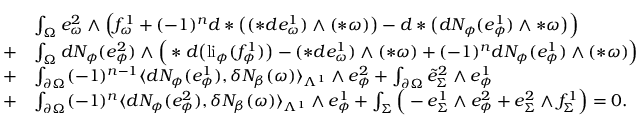
\begin{array} { r l } & { \int _ { \Omega } e _ { \omega } ^ { 2 } \wedge \Big ( f _ { \omega } ^ { 1 } + ( - 1 ) ^ { n } d \ast \big ( ( \ast d e _ { \omega } ^ { 1 } ) \wedge ( \ast \omega ) \big ) - d \ast \big ( d N _ { \phi } ( e _ { \phi } ^ { 1 } ) \wedge \ast \omega \big ) \Big ) } \\ { + } & { \int _ { \Omega } d N _ { \phi } ( e _ { \phi } ^ { 2 } ) \wedge \Big ( \ast d \big ( \mathrm { l i } _ { \phi } ( f _ { \phi } ^ { 1 } ) \big ) - ( \ast d e _ { \omega } ^ { 1 } ) \wedge ( \ast \omega ) + ( - 1 ) ^ { n } d N _ { \phi } ( e _ { \phi } ^ { 1 } ) \wedge ( \ast \omega ) \Big ) } \\ { + } & { \int _ { \partial \Omega } ( - 1 ) ^ { n - 1 } \langle d N _ { \phi } ( e _ { \phi } ^ { 1 } ) , \delta N _ { \beta } ( \omega ) \rangle _ { \Lambda ^ { 1 } } \wedge e _ { \phi } ^ { 2 } + \int _ { \partial \Omega } \tilde { e } _ { \Sigma } ^ { 2 } \wedge e _ { \phi } ^ { 1 } } \\ { + } & { \int _ { \partial \Omega } ( - 1 ) ^ { n } \langle d N _ { \phi } ( e _ { \phi } ^ { 2 } ) , \delta N _ { \beta } ( \omega ) \rangle _ { \Lambda ^ { 1 } } \wedge e _ { \phi } ^ { 1 } + \int _ { \Sigma } \Big ( - e _ { \Sigma } ^ { 1 } \wedge e _ { \phi } ^ { 2 } + e _ { \Sigma } ^ { 2 } \wedge f _ { \Sigma } ^ { 1 } \Big ) = 0 . } \end{array}